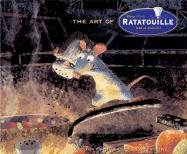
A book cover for The Art of Ratatouille; Karen Paik; Arts & Photography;